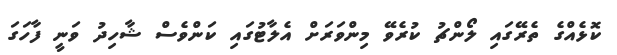
ކޮޅެއްގެ ތެރޭގައި ލޯންޗު ކުރެވޭ މިންވަރަށް އެލާޓުގައި ކަންވެސް ޝާހިދު ވަނީ ފާހަގަ